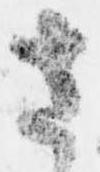
さ